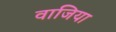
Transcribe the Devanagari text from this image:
वाजिया